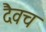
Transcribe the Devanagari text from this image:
दैवच